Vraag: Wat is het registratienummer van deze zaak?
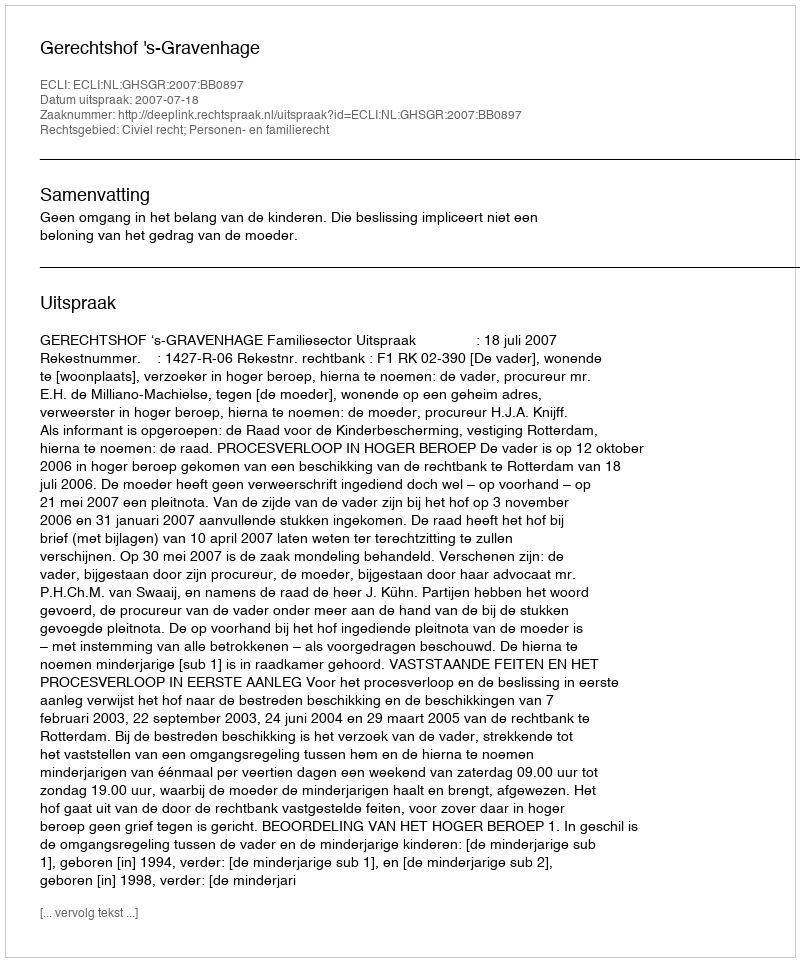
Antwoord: http://deeplink.rechtspraak.nl/uitspraak?id=ECLI:NL:GHSGR:2007:BB0897